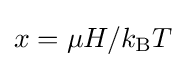
x=\mu H/k_{\text{B}}T